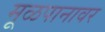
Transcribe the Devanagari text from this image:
मूळपानावर